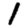
Digit: 1